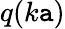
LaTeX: q(k\mathtt{a})